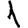
Digit: 1